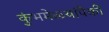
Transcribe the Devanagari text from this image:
कुंभमेळ्यांपैकी